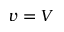
v = V